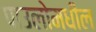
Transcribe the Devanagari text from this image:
पाउलोमधील